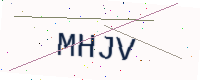
Text: MHJV